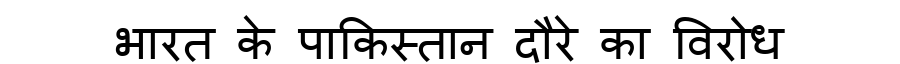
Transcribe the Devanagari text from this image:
भारत के पाकिस्तान दौरे का विरोध